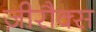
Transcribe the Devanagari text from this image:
ज़ीरौक्स